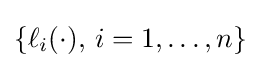
\{\ell _{i}(\cdot ),\,i=1,\dots ,n\}